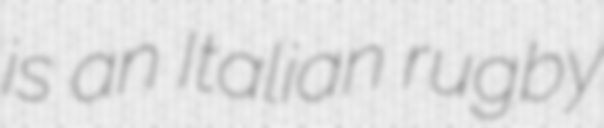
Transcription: is an Italian rugby